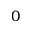
0